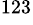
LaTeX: ^\mathrm{123}